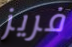
فريز